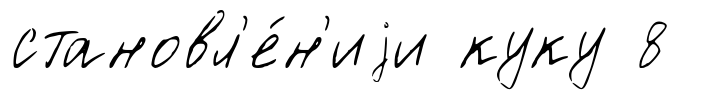
становл'е́н'иjи куку 8